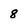
Character: 8